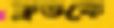
ক্লডকে